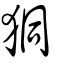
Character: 狪